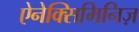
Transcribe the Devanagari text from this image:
ऐनेक्सिमिनिज़